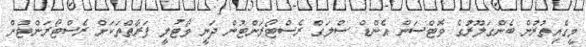
މީގެއިތުރުން ބެންގަލޫރުގެ ވޮޓްސަން އެންޑް ސްލަގް ރެސްޓޯރަންޓުން ދަނީ ވޯޓުލީ ފަރާތްތަކަށް ރެސްޓޯރަންޓުން